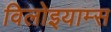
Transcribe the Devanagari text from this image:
विलोइयाम्स